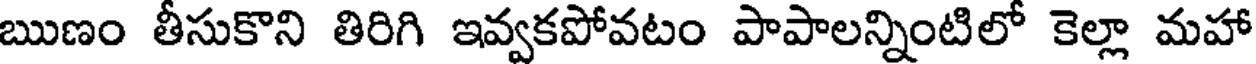
ఋణం తీసుకొని తిరిగి ఇవ్వకపోవటం పాపాలన్నింటిలో కెల్లా మహా